Relation of titanus [i.e. tetanus] to the hypodermic or intramuscular injection of quinine - Number 43
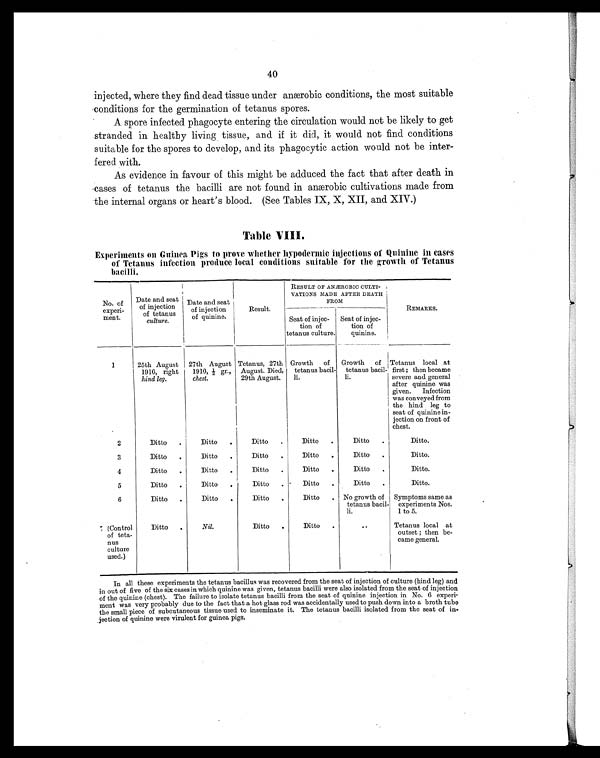
40
injected, where they find dead tissue under anærobic conditions, the most suitable
conditions for the germination of tetanus spores.
A spore infected phagocyte entering the circulation would not be likely to get
stranded in healthy living tissue, and if it did, it would not find conditions
suitable for the spores to develop, and its phagocytic action would not be inter-
fered with.
As evidence in favour of this might be adduced the fact that after death in
cases of tetanus the bacilli are not found in anærobic cultivations made from
the internal organs or heart's blood. (See Tables IX, X, XII, and XIV.)
Table VIII.
Experiments on Guinea Pigs to prove whether hypodermic injections of Quinine in cases
of Tetanus infection produce local conditions suitable for the growth of Tetanus
bacilli .
No. of
experi-
ment.
Date and seat o f i n j e c t i o n
of tetanus
culture.
Date and seat
of injection
of quinine.
Result.
RESULT OF ANÆROBIC CULTI-
VATIONS MADE AFTER DEATH
FROM
REMARKS.
Seat of injec-
tion of
tetanus culture.
Seat of injec-
tion of
quinine.
1
25th August
1910, right
hind leg.
27th August
1910, ½ gr.,
chest.
Tetanus, 27th
August. Died,
29th August.
Growth of
tetanus bacil-
li.
Growth of
tetanus bacil-
li.
Tetanus local a t
first ; then became
severe and general
after quinine was
given. Infection
was conveyed from
the hind leg to
seat of quinine in-
jection on front of
chest.
2
Ditto
.
Ditto
.
Ditto
.
Ditto
.
Ditto
.
Ditto.
3
Ditto
.
Ditto
.
Ditto
.
Ditto
.
Ditto
.
Ditto.
4
Ditto
.
Ditto
.
Ditto
.
Ditto
.
Ditto
.
Ditto.
5
Ditto
.
Ditto
.
Ditto
.
Ditto
.
Ditto
.
Ditto.
6
Ditto
.
Ditto
.
Ditto
.
Ditto
. No growth of
tetanus bacil-
li.
Symptoms same as
experiments Nos.
1 to 5.
7 ( C o n t r o l
of teta-
nus
culture
used.)
Ditto
.
Nil.
Ditto
.
Ditto
.
..
T e t a n u s l o c a l a t
outset ; then be-
came general.
In all these experiments the tetanus bacillus was recovered from the seat of injection of culture (hind leg) and
in out of five of the six cases in which quinine was given, tetanus bacilli were also isolated from the seat of injection
of the quinine (chest). The failure to isolate tetanus bacilli from the seat of quinine injection in No. 6 experi-
ment was very probably due to the fact that a hot glass rod was accidentally used to push down into a broth tube
the small piece of subcutaneous tissue used to inseminate it. The tetanus bacilli isolated from the seat of in-
jection of quinine were virulent for guinea pigs.